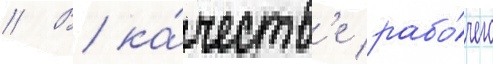
// В ка́честв'е рабо́чего